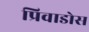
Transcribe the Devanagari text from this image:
प्रिवाडोस